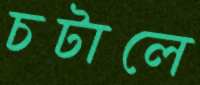
চটালে